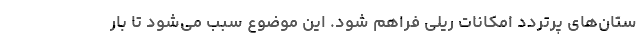
ستان‌های پرتردد امکانات ریلی فراهم شود. این موضوع سبب می‌شود تا بار